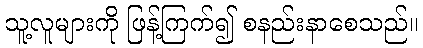
သူ့လူများကို ဖြန့်ကြက်၍ စနည်းနာစေသည်။